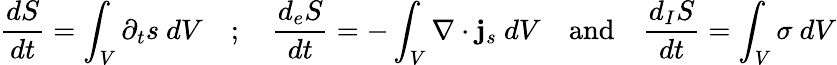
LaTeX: \frac{dS}{dt}=\int_{V}\partial_{t}s\ dV\quad;\quad\frac{d_{e}S}{dt}=-\int_{V}\nabla\cdot{\mathbf j}_{s}\ dV\quad\mathrm{and}\quad\frac{d_{I}S}{dt}=\int_{V}\sigma\ dV